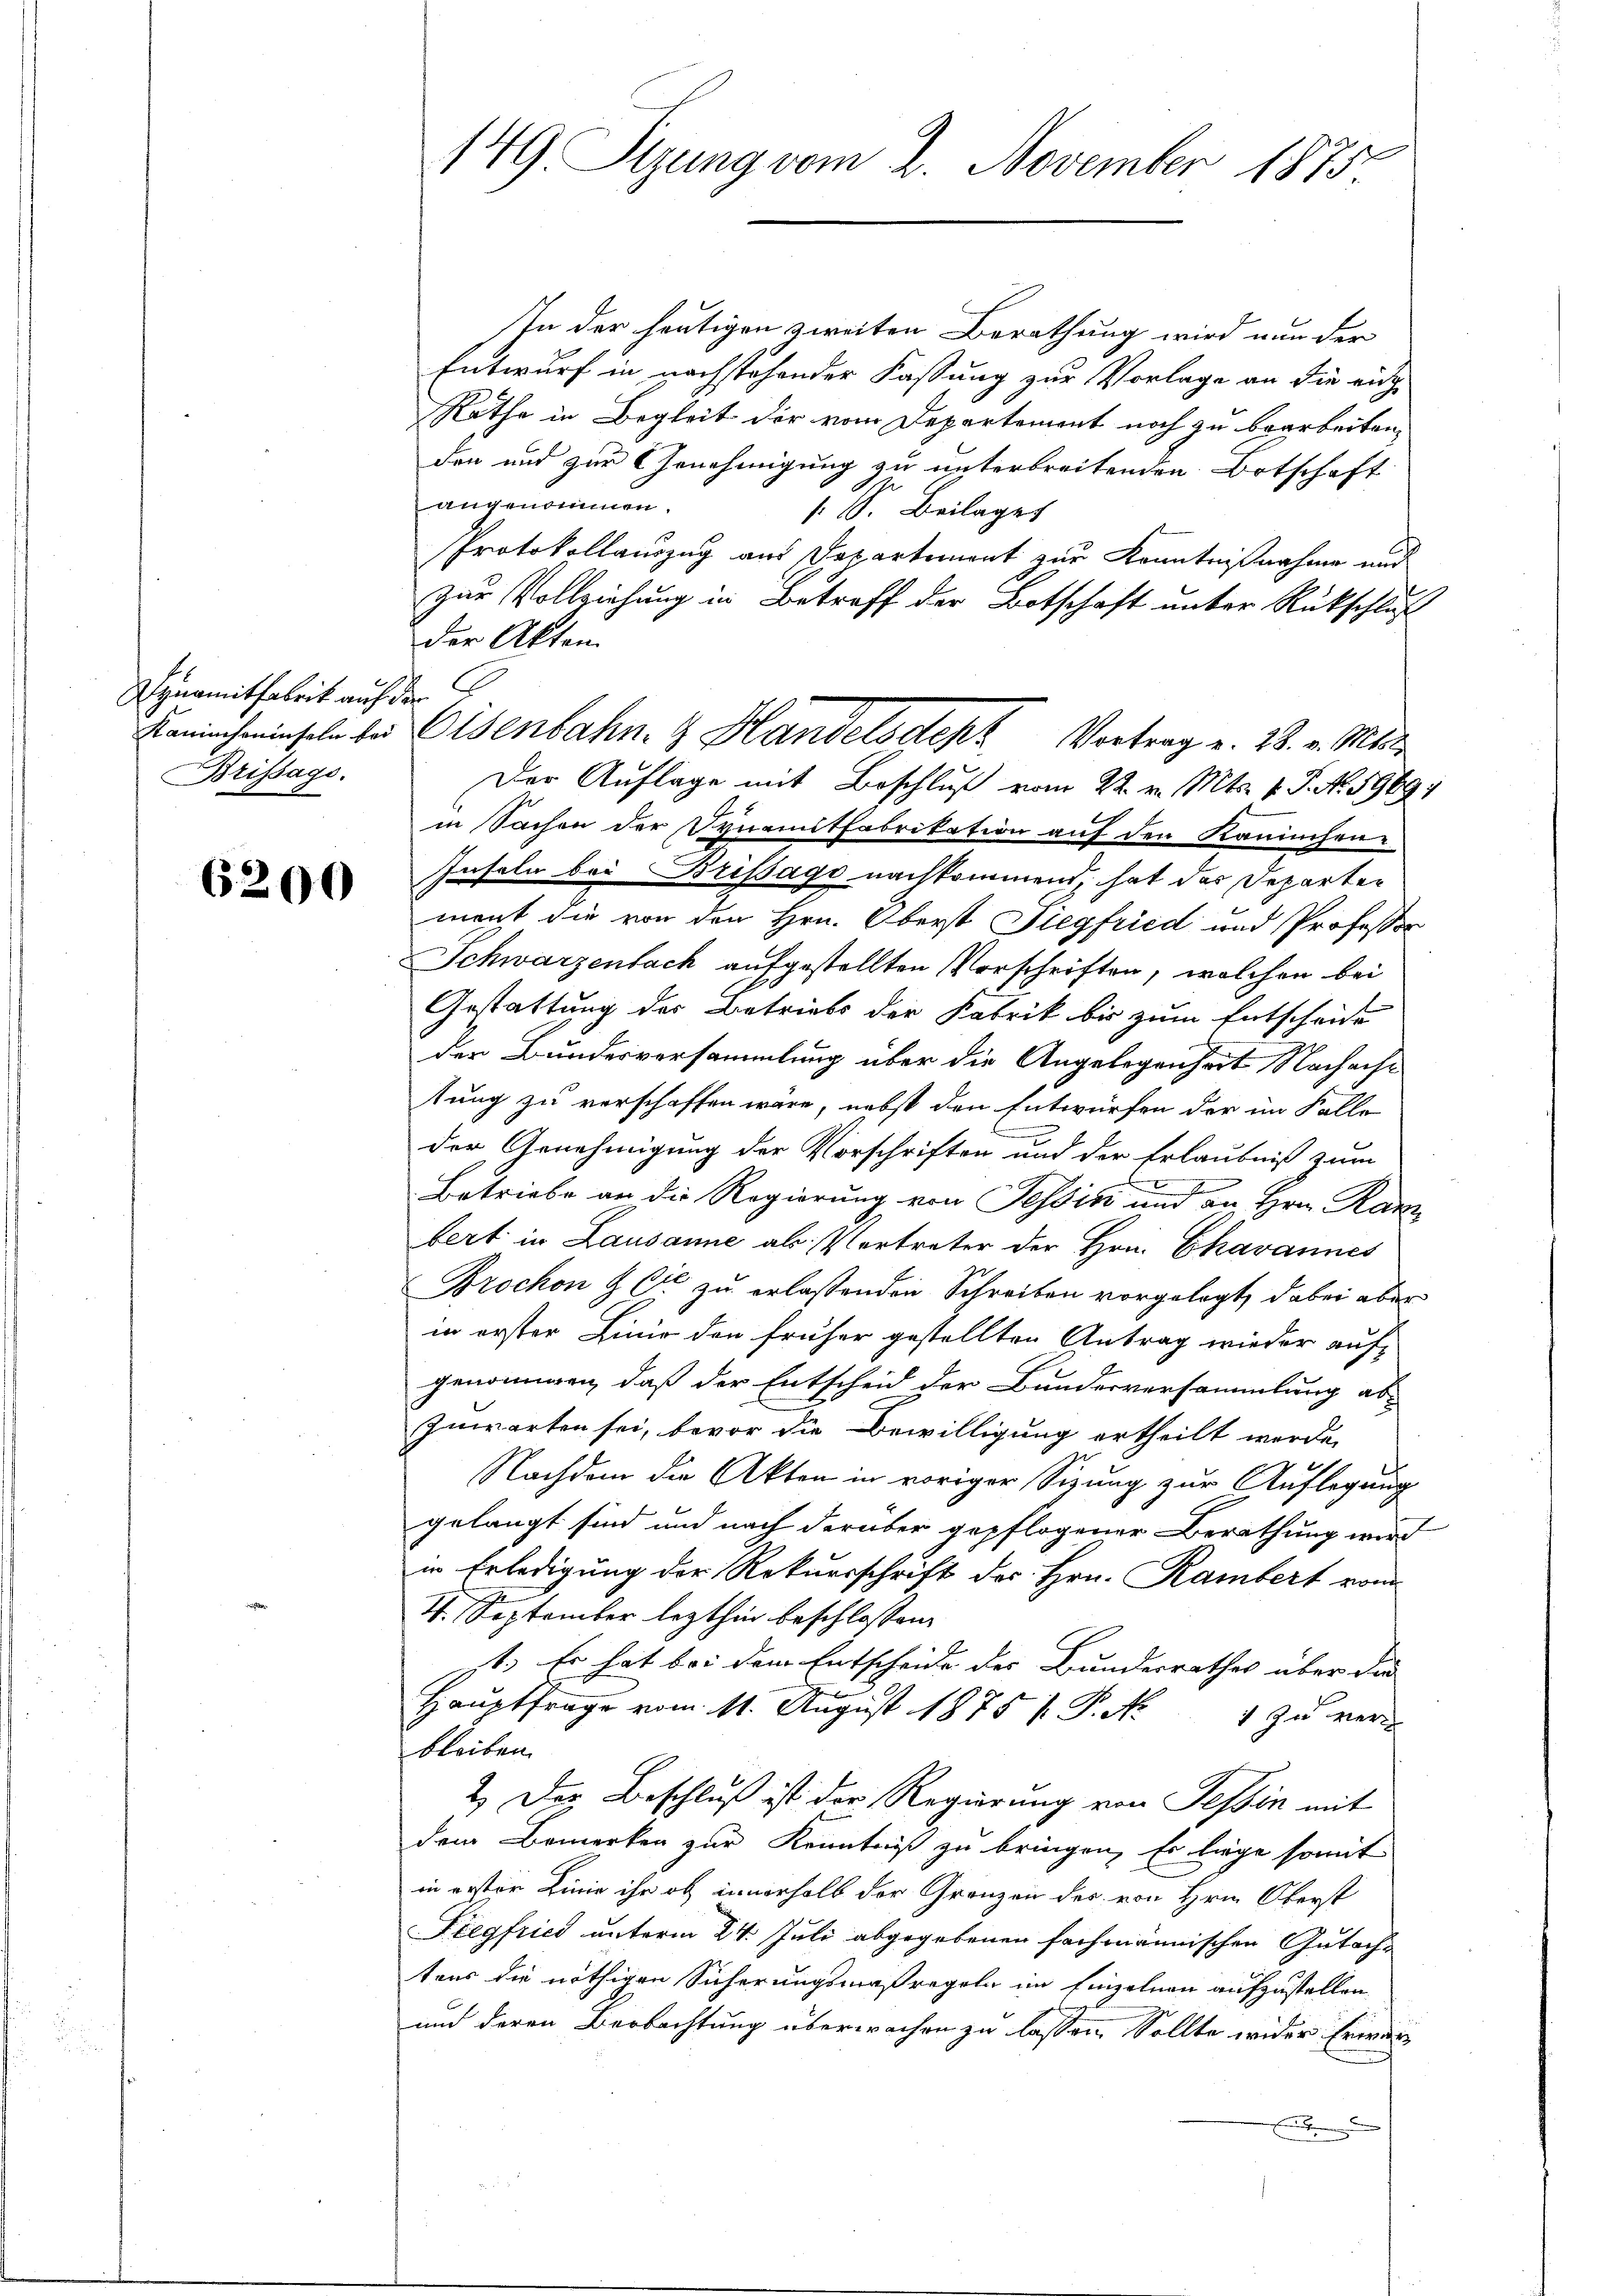
ynamitfabrik auf der
Brissage.

6200

In der heutigen zweiten Berathung wird nun der
Entwurf in nachstehender Fassung zur Vorlage an die eidg
Rathe in Begleit der vom Departement noch zu bearbeiten,
den und zur Genehmigung zu unterbreitenden Ortschaft
angenommen.
1 S. Beilages
Protokollauszug aus Dapartement zur Kenntnißnahme und
zur Vollziehung in Betreff der Botschaft unter Rückschluß
der Akten.
Der Auflage mit Beschluß vom 22. v. Mts. v. J. No. 1969
in Sachen der Dynamitfabrikation auf den Kaninchen-
Inseln bei Brissagi nachkommend, hat das Departen
ment die von den Hrn. Oberst Siegfried und Professor
Schwarzenbach aufgestellten Vorschriften, welchen bei
Gestattung des Betriebs der Fabrik bis zum Entschrift
der Bundesversammlung über die Angelegenheit Nachache
tung zu verschaffen wäre, nebst den Entwürfen der im Falle
der Genehmigung der Vorschriften und der Erlaubniß zum
Betriebe an die Regierung von Tessin und an Hrn. Kanz
bert in Lausanne als Vertreter der Hrn. Chavannes
Brochon & Cie zu erlassenden Schreiben vorgelegt, dabei aber
in erster Linie den früher gestellten Antrag wieder aufgenommen, daß der Entscheid der Bandesversammlung abzuwarten sei, bevor die Bewilligung ertheilt werde,
Nachdem die Akten in voriger Sitzung zur Auflegung
gelangt sind und nach darüber gepflogener Berathung wird
in Erledigung der Rekursschrift des Hrn. Rambert vom
4. September lezthin beschlossen,
st. Er hat bei dem Entscheide des Bundesrathes über die
Hauptfrage vom 11. August 1875 / P. N
1 zu verbleiben.
2.) Das Beschluß ist der Regierung von Tessin mit
dem Bemerken zur Kenntniß zu bringen. Es liege somit
in erster Linie ihr ob innerhalb der Grenzen der von Hrn. Oberst
Fiegfried unterm 24. Juli abgegebenen fachmännischen Gutacht
tens die nöthigen Sicherungsmaßregeln im Einzelnen aufzustellen.
und deren Beobachtung überwachen zu lassen, Sollte wider Erwar
f

149. Ptzung vom 2. November 1875.

Kanincheinseln bei Eisenbahn- & Handelsdept Vortrag v. 28. v. Mts.